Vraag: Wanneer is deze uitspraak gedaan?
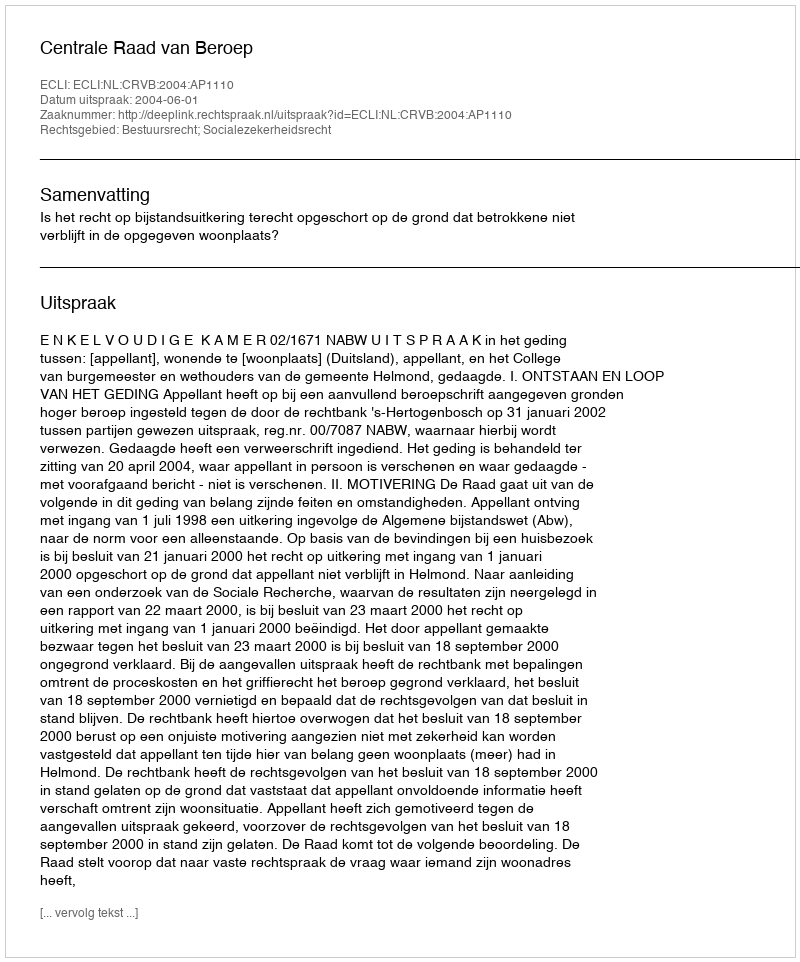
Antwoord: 2004-06-01